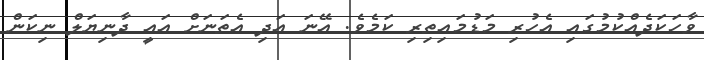
ވާހަކަދެއްކުމުގައި އެހުރި މަޑުމައިތިރި ކަމެވެ. އޭނަ އަދި އެތަނަށް އައީ ދާނިޔަލް ނިކަން